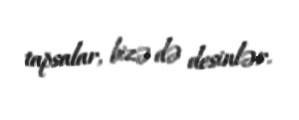
tapsalar, bizə də desinlər.